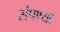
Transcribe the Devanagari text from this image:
संपण्या